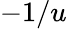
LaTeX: -1/u